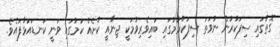
ގޮތުގައި ސިފަކުރުން ނުވަތަ ސިފަކުރުމުގައި ބައިވެރިވުމަކީ ޖިނާއީ ކުށެއް ކަމުގައި ވަނީ ކަނޑައަޅާފައެވެ.